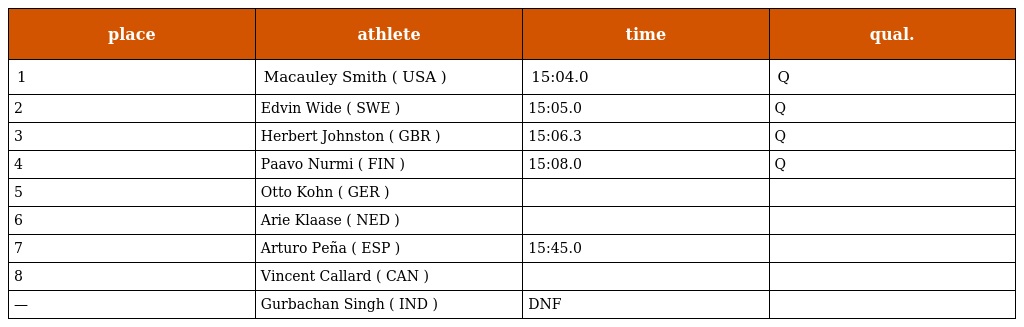
| place | athlete | time | qual. |
 | --- | --- | --- | --- |
 | 1 | Macauley Smith ( USA ) | 15:04.0 | Q |
 | 2 | Edvin Wide ( SWE ) | 15:05.0 | Q |
 | 3 | Herbert Johnston ( GBR ) | 15:06.3 | Q |
 | 4 | Paavo Nurmi ( FIN ) | 15:08.0 | Q |
 | 5 | Otto Kohn ( GER ) |  |  |
 | 6 | Arie Klaase ( NED ) |  |  |
 | 7 | Arturo Peña ( ESP ) | 15:45.0 |  |
 | 8 | Vincent Callard ( CAN ) |  |  |
 | — | Gurbachan Singh ( IND ) | DNF |  |